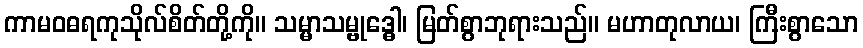
ကာမဝဓရကုသိုလ်စိတ်တို့ကို။ သမ္မာသမ္ဗုဒ္ဓေါ၊ မြတ်စွာဘုရားသည်။ မဟာတုလာယ၊ ကြီးစွာသော